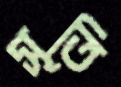
সূতি